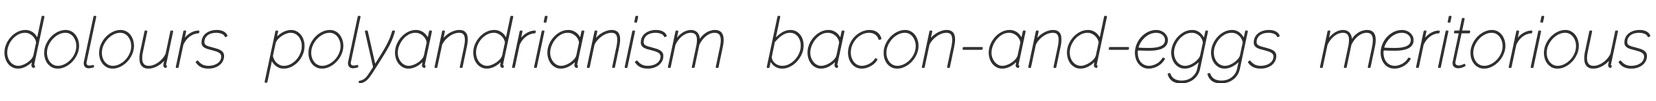
dolours polyandrianism bacon-and-eggs meritorious